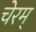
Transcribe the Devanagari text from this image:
चेरम्